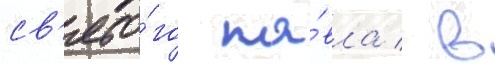
св'ято́го па́вла / в